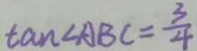
\tan \angle A B C = \frac { 3 } { 4 }